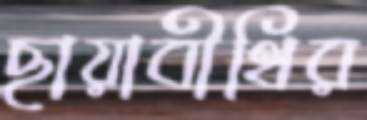
ছায়াবীথির